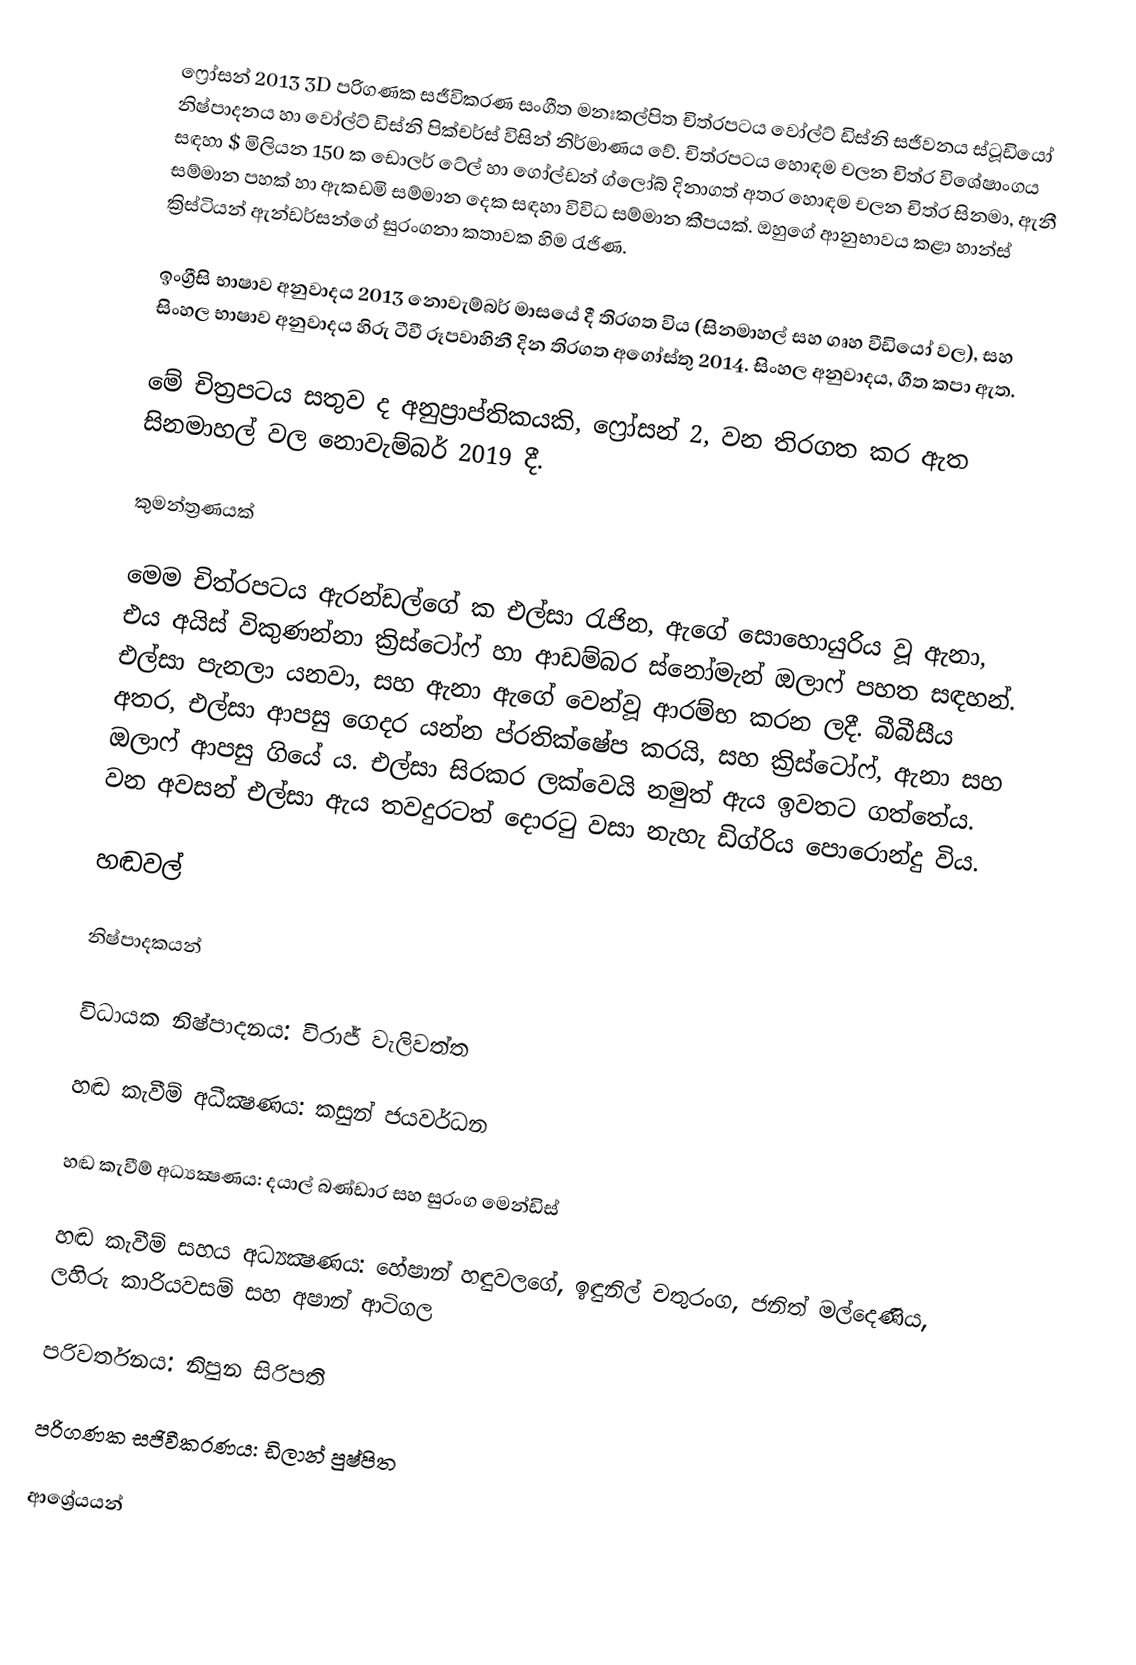
ෆ්‍රෝසන් 2013 3D පරිගණක සජීවිකරණ සංගීත මනඃකල්පිත චිත්රපටය වෝල්ට් ඩිස්නි සජීවනය ස්ටූඩියෝ නිෂ්පාදනය හා වෝල්ට් ඩිස්නි පික්චර්ස් විසින් නිර්මාණය වේ.  චිත්රපටය හොඳම චලන චිත්ර විශේෂාංගය සඳහා $ මිලියන 150 ක ඩොලර් ටේල් හා ගෝල්ඩන් ග්ලෝබ් දිනාගත් අතර හොඳම චලන චිත්ර සිනමා, ඇනී සම්මාන පහක් හා ඇකඩමි සම්මාන දෙක සඳහා විවිධ සම්මාන කීපයක්. ඔහුගේ ආනුභාවය කළා හාන්ස් ක්‍රිස්ටියන් ඇන්ඩර්සන්ගේ සුරංගනා කතාවක හිම රැජිණ.

ඉංග්‍රීසි භාෂාව අනුවාදය 2013 නොවැම්බර් මාසයේ දී තිරගත විය (සිනමාහල් සහ ගෘහ වීඩියෝ වල), සහ සිංහල භාෂාව අනුවාදය හිරු ටීවී රූපවාහිනී දින තිරගත අගෝස්තු 2014. සිංහල අනුවාදය, ගීත කපා ඇත.

මේ චිත්‍රපටය සතුව ද අනුප්‍රාප්තිකයකි, ෆ්‍රෝසන් 2, වන තිරගත කර ඇත සිනමාහල් වල නොවැම්බර් 2019 දී.

කුමන්ත්‍රණයක්

මෙම චිත්රපටය ඇරන්ඩල්ගේ ක එල්සා රැජින, ඇගේ සොහොයුරිය වූ ඇනා, එය අයිස් විකුණන්නා ක්‍රිස්ටෝෆ් හා ආඩම්බර ස්නෝමැන් ඔලාෆ් පහත සඳහන්. එල්සා පැනලා යනවා, සහ ඇනා ඇගේ වෙන්වූ ආරම්භ කරන ලදී. බීබීසීය අතර, එල්සා ආපසු ගෙදර යන්න ප්රතික්ෂේප කරයි, සහ ක්‍රිස්ටෝෆ්, ඇනා සහ ඔලාෆ් ආපසු ගියේ ය. එල්සා සිරකර ලක්වෙයි නමුත් ඇය ඉවතට ගත්තේය. වන අවසන් එල්සා ඇය තවදුරටත් දොරටු වසා නැහැ ඩිග්රිය පොරොන්දු විය.

හඬවල්

නිෂ්පාදකයන්

විධායක නිෂ්පාදනය: විරාජ් වැලිවත්ත

හඬ කැවීම් අධීක්‍ෂණය: කසුන් ජයවර්ධන

හඬ කැවීම් අධ්‍යක්‍ෂණය: දයාල් බණ්ඩාර සහ සුරංග මෙන්ඩිස්

හඬ කැවීම් සහය අධ්‍යක්‍ෂණය: හේෂාන් හඳුවලගේ, ඉඳුනිල් චතුරංග, ජනිත් මල්දෙණිය, ලහිරු කාරියවසම් සහ අෂාන් ආටිගල

පරිවර්තනය: නිපුන සිරිපති

පරිගණක සජිවීකරණය: ඩිලාන් පුෂ්පිත

ආශ්‍රේයයන්